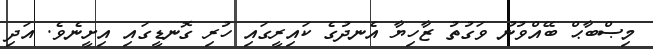
މިޞްބާޙް ބޭއްވުނު ވަގުތު ޒާހިޔާ އެނދުގެ ކައިރީގައި ހުރި ގޮނޑީގައި އިށީނެވެ. އަދި